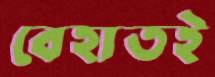
বেহাতই